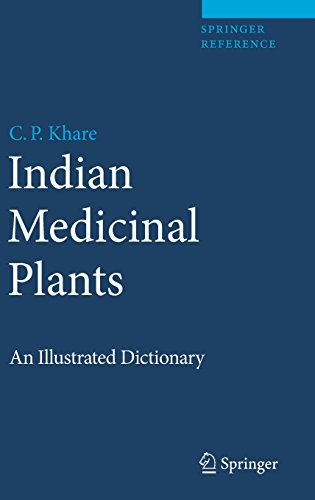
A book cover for Indian Medicinal Plants: An Illustrated Dictionary; C.P. Khare; Health, Fitness & Dieting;